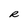
Character: R